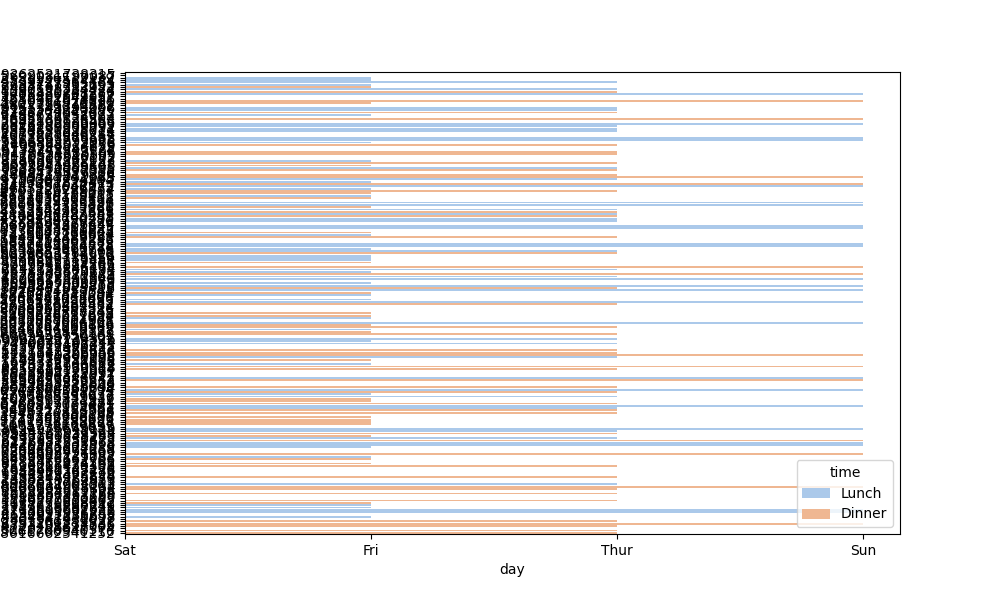
python, seaborn, barplot, hue='time', palette='pastel', ci=95, orient='h'